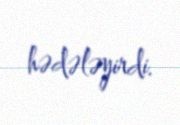
hədələyirdi.